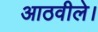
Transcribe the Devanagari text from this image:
आठवीले।